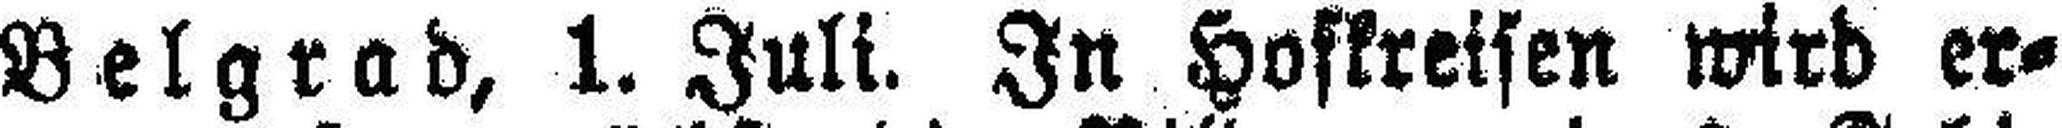
Belgrad, 1. Juli. In Hofkreisen wird er¬